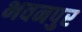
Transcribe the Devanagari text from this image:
भवनपुर